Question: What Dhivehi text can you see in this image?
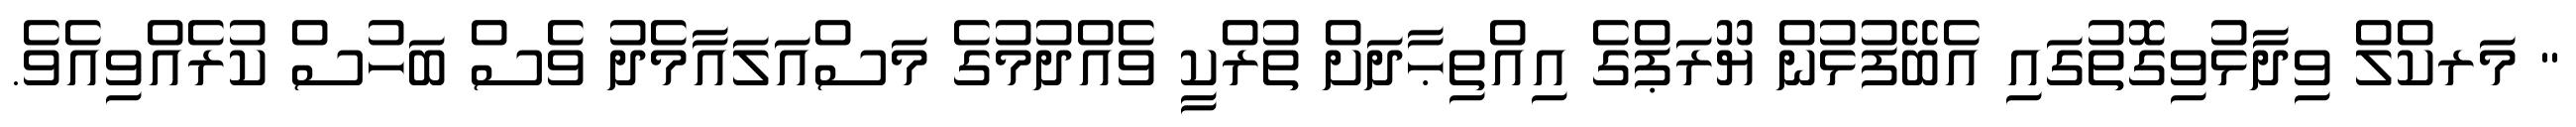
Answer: " މަރކްލް ވިދާޅުވިގޮތުގައި އެބޭފުޅުން ޔޫރަޕްގެ އިއްތިޙާދަށް ތުރްކީ ވެއްދުމުގެ މަސްއަލައާމެދު ވެސް ބަހުސް ކުރެއްވިއެވެ.